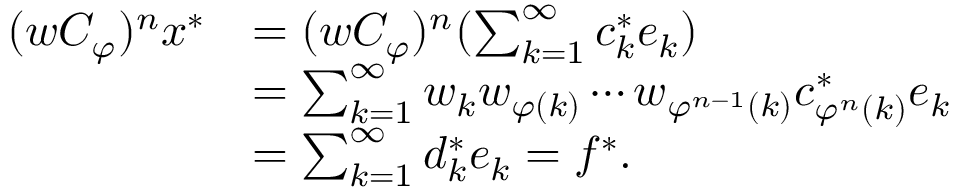
\begin{array} { r l } { ( w C _ { \varphi } ) ^ { n } x ^ { * } } & { = ( w C _ { \varphi } ) ^ { n } ( \sum _ { k = 1 } ^ { \infty } { c _ { k } ^ { * } e _ { k } } ) } \\ & { = \sum _ { k = 1 } ^ { \infty } { w _ { k } w _ { \varphi ( k ) } \cdots w _ { \varphi ^ { n - 1 } ( k ) } c _ { \varphi ^ { n } ( k ) } ^ { * } e _ { k } } } \\ & { = \sum _ { k = 1 } ^ { \infty } { d _ { k } ^ { * } e _ { k } } = f ^ { * } . } \end{array}